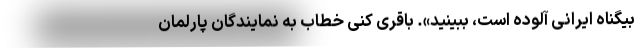
بیگناه ایرانی آلوده است، ببینید». باقری کنی خطاب به نمایندگان پارلمان